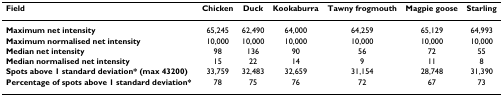
<table><thead><tr><td><b>Field</b></td><td><b>Chicken</b></td><td><b>Duck</b></td><td><b>Kookaburra</b></td><td><b>Tawny frogmouth</b></td><td><b>Magpie goose</b></td><td><b>Starling</b></td></tr></thead><tbody><tr><td><b>Maximum net intensity</b></td><td>65,245</td><td>62,490</td><td>64,000</td><td>64,259</td><td>65,129</td><td>64,993</td></tr><tr><td><b>Maximum normalised net intensity</b></td><td>10,000</td><td>10,000</td><td>10,000</td><td>10,000</td><td>10,000</td><td>10,000</td></tr><tr><td><b>Median net intensity</b></td><td>98</td><td>136</td><td>90</td><td>56</td><td>72</td><td>55</td></tr><tr><td><b>Median normalised net intensity</b></td><td>15</td><td>22</td><td>14</td><td>9</td><td>11</td><td>8</td></tr><tr><td><b>Spots above 1 standard deviation* (max 43200)</b></td><td>33,759</td><td>32,483</td><td>32,659</td><td>31,154</td><td>28,748</td><td>31,390</td></tr><tr><td><b>Percentage of spots above 1 standard deviation*</b></td><td>78</td><td>75</td><td>76</td><td>72</td><td>67</td><td>73</td></tr></tbody></table>